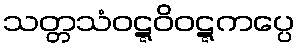
သတ္တသံဝဋ္ဋဝိဝဋ္ဋကပ္ပေ